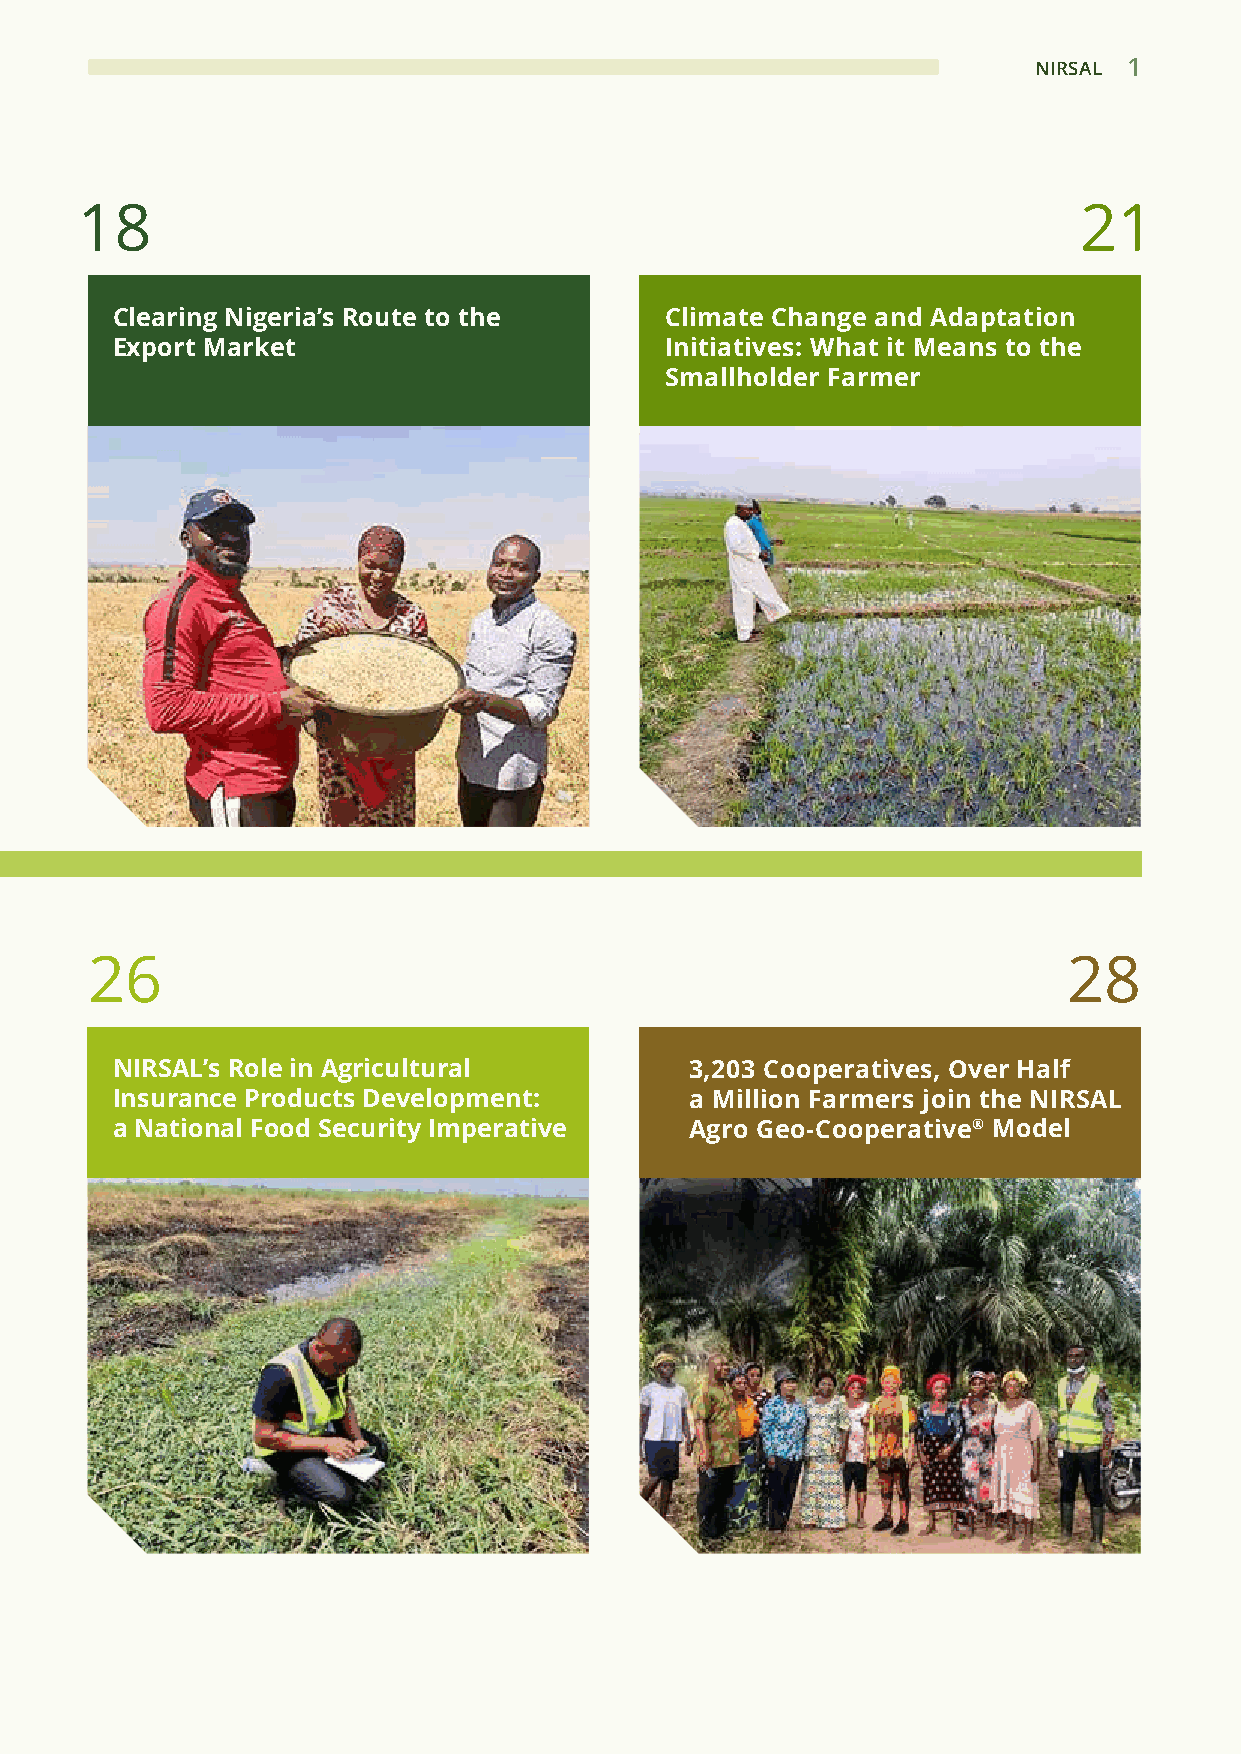
NIRSAL 1
 18                                                                21
 Clearing Nigeria’s Route to the      Climate Change and Adaptation
 Export Market                        Initiatives: What it Means to the
 Smallholder Farmer
 26                                                               28
 NIRSAL’s Role in Agricultural          3,203 Cooperatives, Over Half
 Insurance Products Development:        a Million Farmers join the NIRSAL
 a National Food Security Imperative    Agro Geo-Cooperative® Model